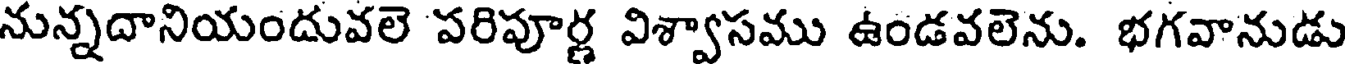
నున్నదానియందువలె పరిపూర్ణ విశ్వాసము ఉండవలెను. భగవానుడు